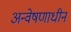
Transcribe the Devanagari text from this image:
अन्वेषणाधीन